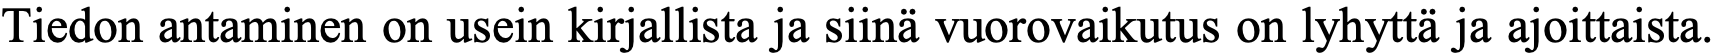
Tiedon antaminen on usein kirjallista ja siinä vuorovaikutus on lyhyttä ja ajoittaista.